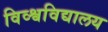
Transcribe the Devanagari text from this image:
विव्श्वविद्यालय